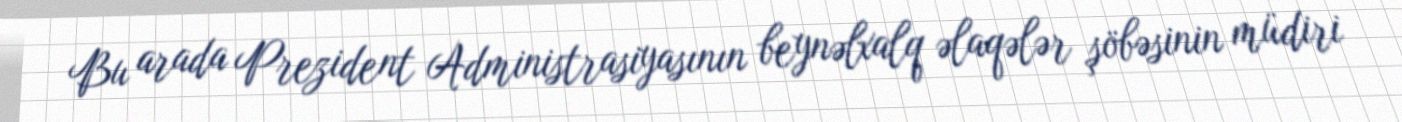
Bu arada Prezident Administrasiyasının beynəlxalq əlaqələr şöbəsinin müdiri